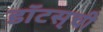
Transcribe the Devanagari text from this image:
डॉटस्‌ची